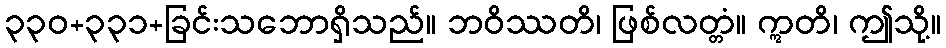
၃၃၀+၃၃၁+ခြင်းသဘောရှိသည်။ ဘဝိဿတိ၊ ဖြစ်လတ္တံ။ ဣတိ၊ ဤသို့။